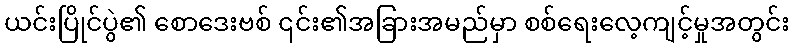
ယင်းပြိုင်ပွဲ၏ စောဒေးဗစ် ၎င်း၏အခြားအမည်မှာ စစ်ရေးလေ့ကျင့်မှုအတွင်း